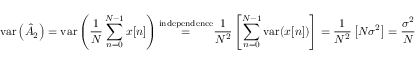
\mathrm { v a r } \left( { \hat { A } } _ { 2 } \right) = \mathrm { v a r } \left( { \frac { 1 } { N } } \sum _ { n = 0 } ^ { N - 1 } x [ n ] \right) { \overset { \mathrm { i n d e p e n d e n c e } } { = } } { \frac { 1 } { N ^ { 2 } } } \left[ \sum _ { n = 0 } ^ { N - 1 } \mathrm { v a r } ( x [ n ] ) \right] = { \frac { 1 } { N ^ { 2 } } } \left[ N \sigma ^ { 2 } \right] = { \frac { \sigma ^ { 2 } } { N } }